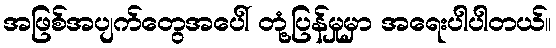
အဖြစ်အပျက်တွေအပေါ် တုံ့ပြန်မှုမှာ အရေးပါပါတယ်။